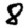
Digit: 8